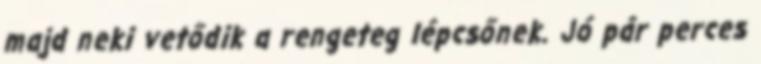
majd neki vetődik a rengeteg lépcsőnek. Jó pár perces